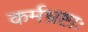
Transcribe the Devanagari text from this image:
कर्मभ्रष्टाः